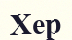
Хер